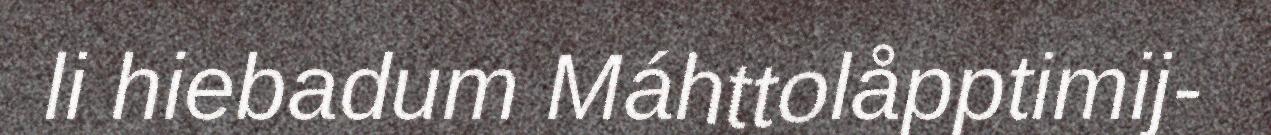
li hiebadum Máhttolåpptimij-